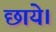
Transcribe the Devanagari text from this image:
छाये।